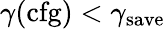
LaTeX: \gamma(\mathrm{cfg})<\gamma_{\mathrm{save}}